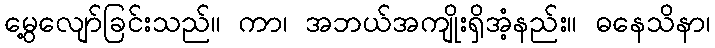
မွေ့လျော်ခြင်းသည်။ ကာ၊ အဘယ်အကျိုးရှိအံ့နည်း။ ဓနေသိနာ၊